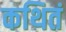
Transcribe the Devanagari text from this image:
कथितं